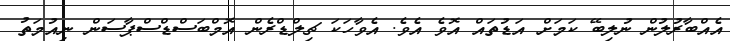
އެއްބާރުލުން ނުލިބޭ ކަމަށް އަޑުތައް އޮވެ އެވެ. އެވާހަކަ ޗިލްޑްރެން އޮމްބަސްޑްސްޕާސަން ނިއުމަތު